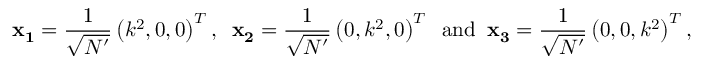
{ \bf x _ { 1 } } = \frac { 1 } { \sqrt { N ^ { \prime } } } \left( k ^ { 2 } , 0 , 0 \right) ^ { T } , \; \; { \bf x _ { 2 } } = \frac { 1 } { \sqrt { N ^ { \prime } } } \left( 0 , k ^ { 2 } , 0 \right) ^ { T } \; \; \mathrm { a n d } \; \; { \bf x _ { 3 } } = \frac { 1 } { \sqrt { N ^ { \prime } } } \left( 0 , 0 , k ^ { 2 } \right) ^ { T } ,